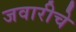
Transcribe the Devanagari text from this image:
जवारीचे